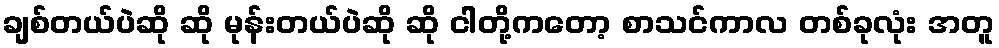
ချစ်တယ်ပဲဆို ဆို မုန်းတယ်ပဲဆို ဆို ငါတို့ကတော့ စာသင်ကာလ တစ်ခုလုံး အတူ